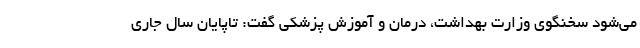
می‌شود سخنگوی وزارت بهداشت، درمان و آموزش پزشکی گفت: تاپایان سال جاری